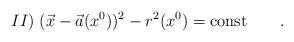
LaTeX: \begin{align*}II)\; (\vec x -\vec a(x^0))^2-r^2(x^0)=\mbox{const}\qquad .\end{align*}